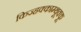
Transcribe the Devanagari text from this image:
किज्हक्काम्थूक्कू